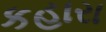
કહારા